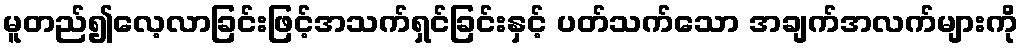
မူတည်၍လေ့လာခြင်းဖြင့်အသက်ရှင်ခြင်းနှင့် ပတ်သက်သော အချက်အလက်များကို